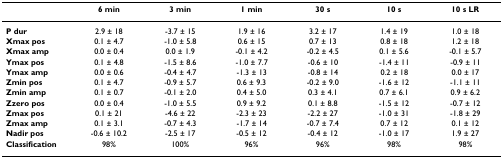
|  | 6 min | 3 min | 1 min | 30 s | 10 s | 10 s LR |
 | --- | --- | --- | --- | --- | --- | --- |
 | P dur | 2.9 ± 18 | -3.7 ± 15 | 1.9 ± 16 | 3.2 ± 17 | 1.4 ± 19 | 1.0 ± 18 |
 | Xmax pos | 0.1 ± 4.7 | -1.0 ± 5.8 | 0.6 ± 15 | 0.7 ± 13 | 0.8 ± 18 | 1.2 ± 18 |
 | Xmax amp | 0.0 ± 0.4 | 0.0 ± 1.9 | -0.1 ± 4.2 | -0.2 ± 4.5 | 0.1 ± 5.6 | -0.1 ± 5.7 |
 | Ymax pos | 0.1 ± 4.8 | -1.5 ± 8.6 | -1.0 ± 7.7 | -0.6 ± 10 | -1.4 ± 11 | -0.9 ± 11 |
 | Ymax amp | 0.0 ± 0.6 | -0.4 ± 4.7 | -1.3 ± 13 | -0.8 ± 14 | 0.2 ± 18 | 0.0 ± 17 |
 | Zmin pos | 0.1 ± 4.7 | -0.9 ± 5.7 | 0.6 ± 9.3 | -0.2 ± 9.0 | -1.6 ± 12 | -1.1 ± 11 |
 | Zmin amp | 0.1 ± 0.7 | -0.1 ± 2.0 | 0.4 ± 5.0 | 0.3 ± 4.1 | 0.7 ± 6.1 | 0.9 ± 6.2 |
 | Zzero pos | 0.0 ± 0.4 | -1.0 ± 5.5 | 0.9 ± 9.2 | 0.1 ± 8.8 | -1.5 ± 12 | -0.7 ± 12 |
 | Zmax pos | 0.1 ± 21 | -4.6 ± 22 | -2.3 ± 23 | -2.2 ± 27 | -1.0 ± 31 | -1.8 ± 29 |
 | Zmax amp | 0.1 ± 3.1 | -0.7 ± 4.3 | -1.7 ± 14 | -0.7 ± 7.4 | 0.7 ± 12 | 0.1 ± 12 |
 | Nadir pos | -0.6 ± 10.2 | -2.5 ± 17 | -0.5 ± 12 | -0.4 ± 12 | -1.0 ± 17 | 1.9 ± 27 |
 | Classification | 98% | 100% | 96% | 96% | 98% | 98% |